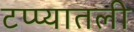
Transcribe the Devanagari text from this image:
टप्प्यातली